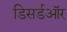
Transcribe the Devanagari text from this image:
डिसर्डऑर